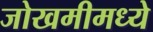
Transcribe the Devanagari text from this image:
जोखमीमध्ये